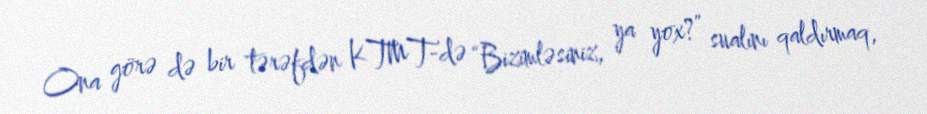
Ona görə də bir tərəfdən KTMT-də “Bizimləsiniz, ya yox?” sualını qaldırmaq,